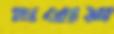
হারোয়া